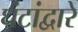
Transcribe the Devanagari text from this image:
घंटांद्वारे